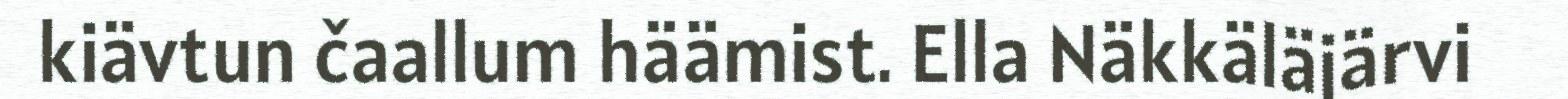
kiävtun čaallum häämist. Ella Näkkäläjärvi